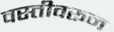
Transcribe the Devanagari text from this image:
वस्तीवरून